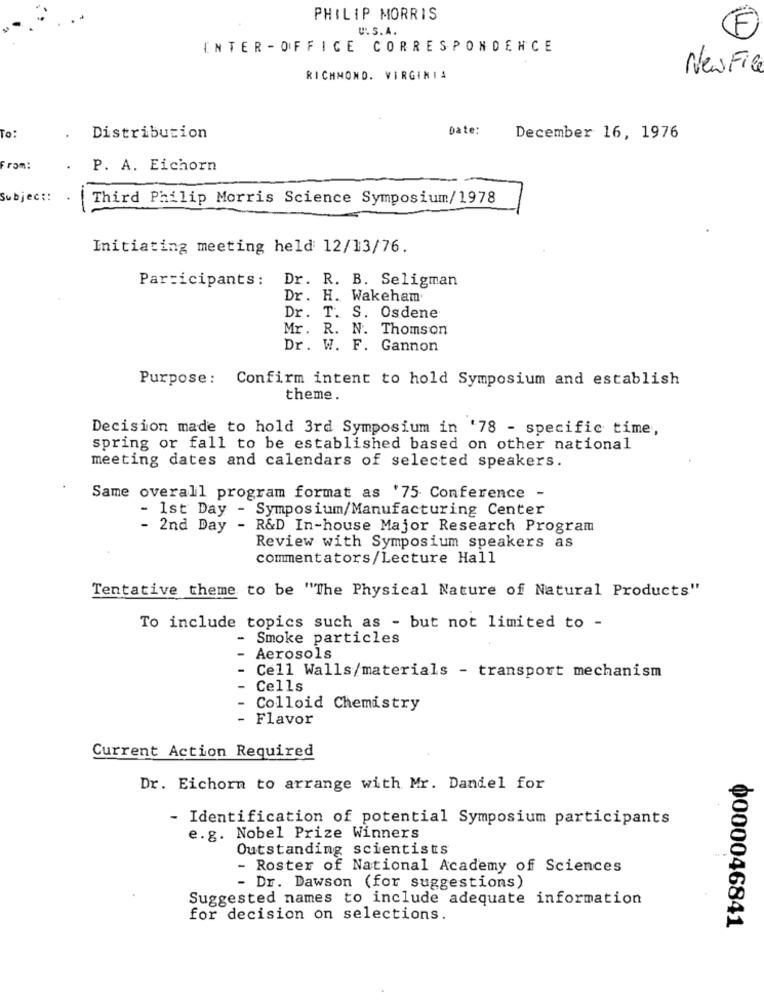
PHILIP MORRIS
U.S.A.
INTER - OFFICE CORRESPONDENCE
New File
RICHMOND. VIRGINIA
Date:
To:
Distribution
December 16, 1976
From:
P. A. Eichorn
Subject:
Third Philip Morris Science Symposium/1978
Initiating meeting held 12/13/76.
Dr. R. B. Seligman
Participants:
Dr. H. Wakeham
Dr. T. S. Osdene
Mr. R. N. Thomson
Dr. W. F. Gannon
Purpose: Confirm intent to hold Symposium and establish
theme.
Decision made to hold 3rd Symposium in '78 - specific time,
spring or fall to be established based on other national
meeting dates and calendars of selected speakers.
Same overall program format as '75 Conference -
- 1st Day - Symposium/Manufacturing Center
2nd Day
- R&D In-house Major Research Program
Review with Symposium speakers as
commentators/Lecture Hall
Tentative theme to be "The Physical Nature of Natural Products"
To include topics such as - but not limited to -
- Smoke particles
Aerosols
Cell Walls/materials - transport mechanism
Cells
Colloid Chemistry
Flavor
Current Action Required
Dr. Eichorn to arrange with Mr. Daniel for
- Identification of potential Symposium participants
e.g. Nobel Prize Winners
Outstanding scientists
- Roster of National Academy of Sciences
- Dr. Dawson (for suggestions)
Suggested names to include adequate information
for decision on selections.
0000046841